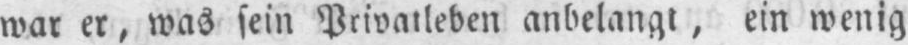
war er, was sein Privatleben anbelangt, ein wenig